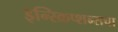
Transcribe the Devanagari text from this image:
इन्स्क्रिप्शन्सचा